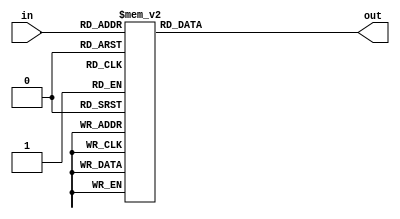
module seven_decode(
    input [6:0] in,
    output reg [127:0] out
);

always @(*) begin
    case (in)
        7'h00: out = 128'h1;
        7'h01: out = 128'h2;
        7'h02: out = 128'h4;
        7'h03: out = 128'h8;
        7'h04: out = 128'h10;
        7'h05: out = 128'h20;
        7'h06: out = 128'h40;
        7'h07: out = 128'h80;
        7'h08: out = 128'h100;
        7'h09: out = 128'h200;
        7'h0A: out = 128'h400;
        7'h0B: out = 128'h800;
        7'h0C: out = 128'h1000;
        7'h0D: out = 128'h2000;
        7'h0E: out = 128'h4000;
        7'h0F: out = 128'h8000;
        7'h10: out = 128'h10000;
        7'h11: out = 128'h20000;
        7'h12: out = 128'h40000;
        7'h13: out = 128'h80000;
        7'h14: out = 128'h100000;
        7'h15: out = 128'h200000;
        7'h16: out = 128'h400000;
        7'h17: out = 128'h800000;
        7'h18: out = 128'h1000000;
        7'h19: out = 128'h2000000;
        7'h1A: out = 128'h4000000;
        7'h1B: out = 128'h8000000;
        7'h1C: out = 128'h10000000;
        7'h1D: out = 128'h20000000;
        7'h1E: out = 128'h40000000;
        7'h1F: out = 128'h80000000;
        7'h20: out = 128'h100000000;
        7'h21: out = 128'h200000000;
        7'h22: out = 128'h400000000;
        7'h23: out = 128'h800000000;
        7'h24: out = 128'h1000000000;
        7'h25: out = 128'h2000000000;
        7'h26: out = 128'h4000000000;
        7'h27: out = 128'h8000000000;
        7'h28: out = 128'h10000000000;
        7'h29: out = 128'h20000000000;
        7'h2A: out = 128'h40000000000;
        7'h2B: out = 128'h80000000000;
        7'h2C: out = 128'h100000000000;
        7'h2D: out = 128'h200000000000;
        7'h2E: out = 128'h400000000000;
        7'h2F: out = 128'h800000000000;
        7'h30: out = 128'h1000000000000;
        7'h31: out = 128'h2000000000000;
        7'h32: out = 128'h4000000000000;
        7'h33: out = 128'h8000000000000;
        7'h34: out = 128'h10000000000000;
        7'h35: out = 128'h20000000000000;
        7'h36: out = 128'h40000000000000;
        7'h37: out = 128'h80000000000000;
        7'h38: out = 128'h100000000000000;
        7'h39: out = 128'h200000000000000;
        7'h3A: out = 128'h400000000000000;
        7'h3B: out = 128'h800000000000000;
        7'h3C: out = 128'h1000000000000000;
        7'h3D: out = 128'h2000000000000000;
        7'h3E: out = 128'h4000000000000000;
        7'h3F: out = 128'h8000000000000000;
        7'h40: out = 128'h10000000000000000;
        7'h41: out = 128'h20000000000000000;
        7'h42: out = 128'h40000000000000000;
        7'h43: out = 128'h80000000000000000;
        7'h44: out = 128'h100000000000000000;
        7'h45: out = 128'h200000000000000000;
        7'h46: out = 128'h400000000000000000;
        7'h47: out = 128'h800000000000000000;
        7'h48: out = 128'h1000000000000000000;
        7'h49: out = 128'h2000000000000000000;
        7'h4A: out = 128'h4000000000000000000;
        7'h4B: out = 128'h8000000000000000000;
        7'h4C: out = 128'h10000000000000000000;
        7'h4D: out = 128'h20000000000000000000;
        7'h4E: out = 128'h40000000000000000000;
        7'h4F: out = 128'h80000000000000000000;
        7'h50: out = 128'h100000000000000000000;
        7'h51: out = 128'h200000000000000000000;
        7'h52: out = 128'h400000000000000000000;
        7'h53: out = 128'h800000000000000000000;
        7'h54: out = 128'h1000000000000000000000;
        7'h55: out = 128'h2000000000000000000000;
        7'h56: out = 128'h4000000000000000000000;
        7'h57: out = 128'h8000000000000000000000;
        7'h58: out = 128'h10000000000000000000000;
        7'h59: out = 128'h20000000000000000000000;
        7'h5A: out = 128'h40000000000000000000000;
        7'h5B: out = 128'h80000000000000000000000;
        7'h5C: out = 128'h100000000000000000000000;
        7'h5D: out = 128'h200000000000000000000000;
        7'h5E: out = 128'h400000000000000000000000;
        7'h5F: out = 128'h800000000000000000000000;
        7'h60: out = 128'h1000000000000000000000000;
        7'h61: out = 128'h2000000000000000000000000;
        7'h62: out = 128'h4000000000000000000000000;
        7'h63: out = 128'h8000000000000000000000000;
        7'h64: out = 128'h10000000000000000000000000;
        7'h65: out = 128'h20000000000000000000000000;
        7'h66: out = 128'h40000000000000000000000000;
        7'h67: out = 128'h80000000000000000000000000;
        7'h68: out = 128'h100000000000000000000000000;
        7'h69: out = 128'h200000000000000000000000000;
        7'h6a: out = 128'h400000000000000000000000000;
        7'h6b: out = 128'h800000000000000000000000000;
        7'h6c: out = 128'h1000000000000000000000000000;
        7'h6d: out = 128'h2000000000000000000000000000;
        7'h6e: out = 128'h4000000000000000000000000000;
        7'h6f: out = 128'h8000000000000000000000000000;
        7'h70: out = 128'h10000000000000000000000000000;
        7'h71: out = 128'h20000000000000000000000000000;
        7'h72: out = 128'h40000000000000000000000000000;
        7'h73: out = 128'h80000000000000000000000000000;
        7'h74: out = 128'h100000000000000000000000000000;
        7'h75: out = 128'h200000000000000000000000000000;
        7'h76: out = 128'h400000000000000000000000000000;
        7'h77: out = 128'h800000000000000000000000000000;
        7'h78: out = 128'h1000000000000000000000000000000;
        7'h79: out = 128'h2000000000000000000000000000000;
        7'h7a: out = 128'h4000000000000000000000000000000;
        7'h7b: out = 128'h8000000000000000000000000000000;
        7'h7c: out = 128'h10000000000000000000000000000000;
        7'h7d: out = 128'h20000000000000000000000000000000;
        7'h7e: out = 128'h40000000000000000000000000000000;
        7'h7f: out = 128'h80000000000000000000000000000000;
        default: out = 128'h0; 
    endcase 
end

endmodule